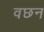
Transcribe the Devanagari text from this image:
वछन